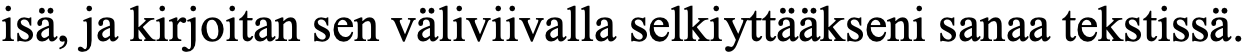
isä, ja kirjoitan sen väliviivalla selkiyttääkseni sanaa tekstissä.